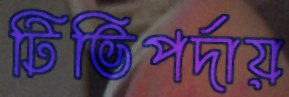
টিভিপর্দায়